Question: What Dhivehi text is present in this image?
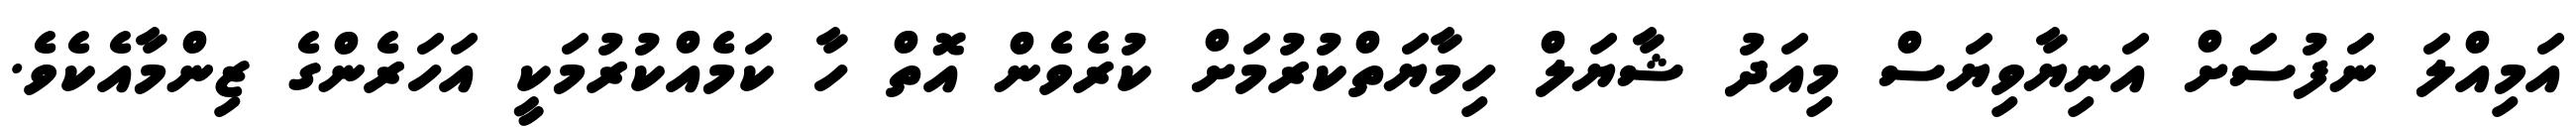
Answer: އަމިއްލަ ނަފުސަށް އަނިޔާވިޔަސް މިއަދު ޝާޔަލް ހިމާޔަތްކުރުމަށް ކުރެވެން އޮތް ހާ ކަމެއްކުރުމަކީ އަހަރެންގެ ޒިންމާއެކެވެ.